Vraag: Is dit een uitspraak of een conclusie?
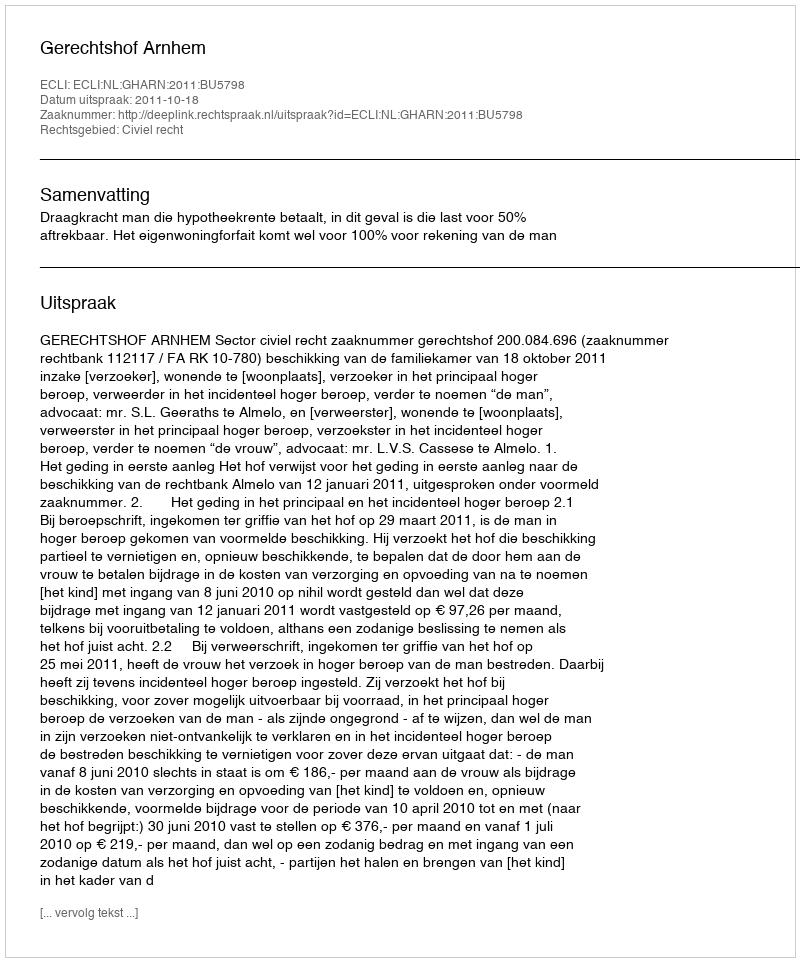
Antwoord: Uitspraak